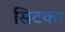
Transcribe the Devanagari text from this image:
सिटका